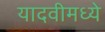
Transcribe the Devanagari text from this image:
यादवीमध्ये